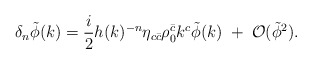
\begin{align*}\delta_n \tilde{\phi} (k) = \frac{i}{2} h(k)^{-n} \eta_{c \bar c}\rho_0^{\bar c} k^c \tilde{\phi} (k) \;+\; {\cal O} (\tilde{\phi}^2).\end{align*}